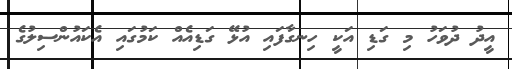
އީދު ދުވަހު މި ގަޑި އަކީ ހިނގާފައި އުޅޭ ގަޑިއެއް ކަމުގައި އެކައުންސިލުގެ